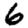
Digit: 6